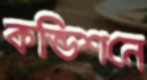
কন্ডিশনে